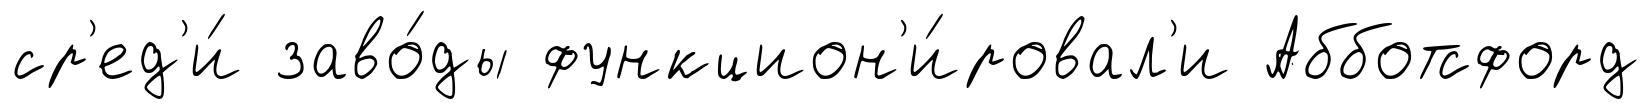
ср'ед'и́ заво́ды функцион'и́ровал'и Абботсфорд